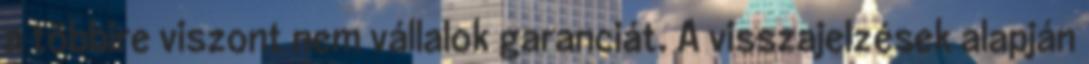
a többire viszont nem vállalok garanciát. A visszajelzések alapján